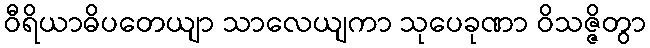
ဝီရိယာဓိပတေယျာ သာလေယျကာ သုပေခုဏာ ဝိသဇ္ဇိတွာ